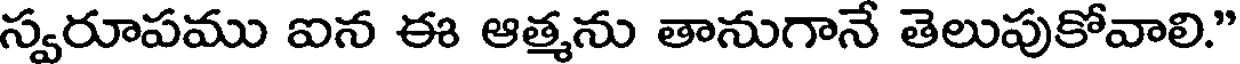
స్వరూపము ఐన ఈ ఆత్మను తానుగానే తెలుపుకోవాలి."